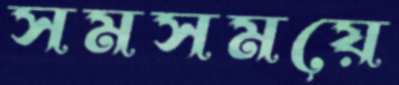
সমসময়ে